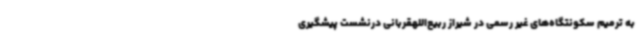
به ترمیم سکونتگاه‌های غیر رسمی در شیراز ربیع‌اللهقربانی درنشست پیشگیری